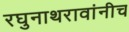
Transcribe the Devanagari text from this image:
रघुनाथरावांनीच